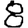
Digit: 8